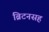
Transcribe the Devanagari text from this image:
ब्रिटनसह